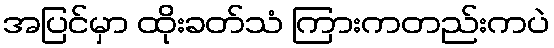
အပြင်မှာ ထိုးခတ်သံ ကြားကတည်းကပဲ